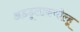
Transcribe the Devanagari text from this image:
अडडूलाकथोल्हू